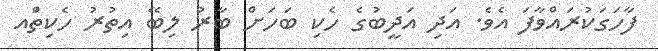
ފާހަގަކުރައްވާފަ އެވެ. އަދި އަދީބުގެ ހެކި ބަހަށް ބާރު ލިބޭ އިތުރު ހެކިތަްއ